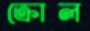
ক্রোল